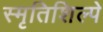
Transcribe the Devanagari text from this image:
स्मृतिशिल्पे